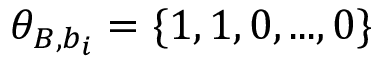
\theta _ { B , b _ { i } } = \{ 1 , 1 , 0 , . . . , 0 \}